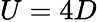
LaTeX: U=4D